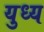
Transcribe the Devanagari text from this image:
युध्य